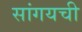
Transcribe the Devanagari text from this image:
सांगयची